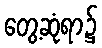
တွေ့ဆုံရာ၌